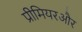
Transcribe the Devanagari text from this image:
प्रीमियरऔर